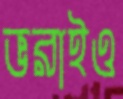
ভরাইও